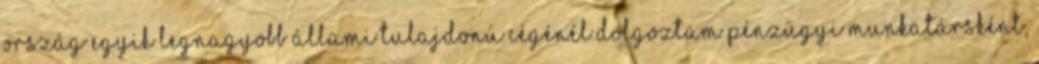
ország egyik legnagyobb állami tulajdonú cégénél dolgoztam pénzügyi munkatársként,